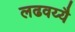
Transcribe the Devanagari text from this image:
लढवय्यै